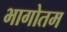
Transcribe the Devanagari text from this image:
भागोतम